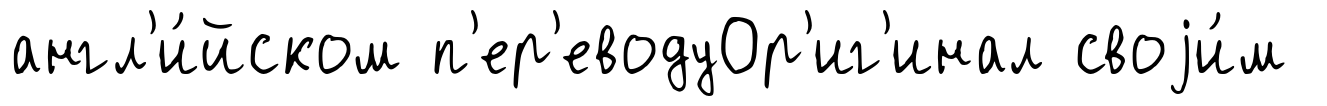
англ'и́йском п'ер'еводуОр'иг'инал своjи́м